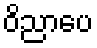
ဝိညာပေ